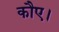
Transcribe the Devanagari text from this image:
कौए।